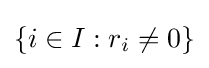
\left\{i\in I:r_{i}\neq 0\right\}